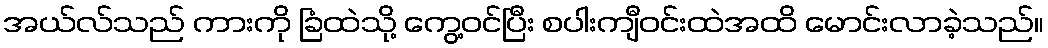
အယ်လ်သည် ကားကို ခြံထဲသို့ ကွေ့ဝင်ပြီး စပါးကျီဝင်းထဲအထိ မောင်းလာခဲ့သည်။